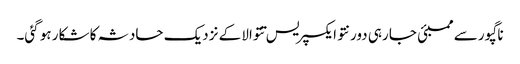
ناگپور سے ممبئی جا رہی دورنتو ایکسپریس تتوالا کے نزدیک حادثہ کا شکار ہو گئی۔